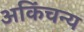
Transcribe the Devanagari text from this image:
अकिंचन्य